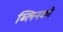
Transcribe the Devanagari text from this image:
ब्लिनको